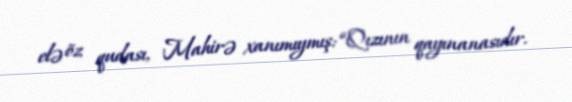
elə öz qudası, Mahirə xanımıymış: “Qızının qayınanasıdır.